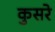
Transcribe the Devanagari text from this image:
कुसरे